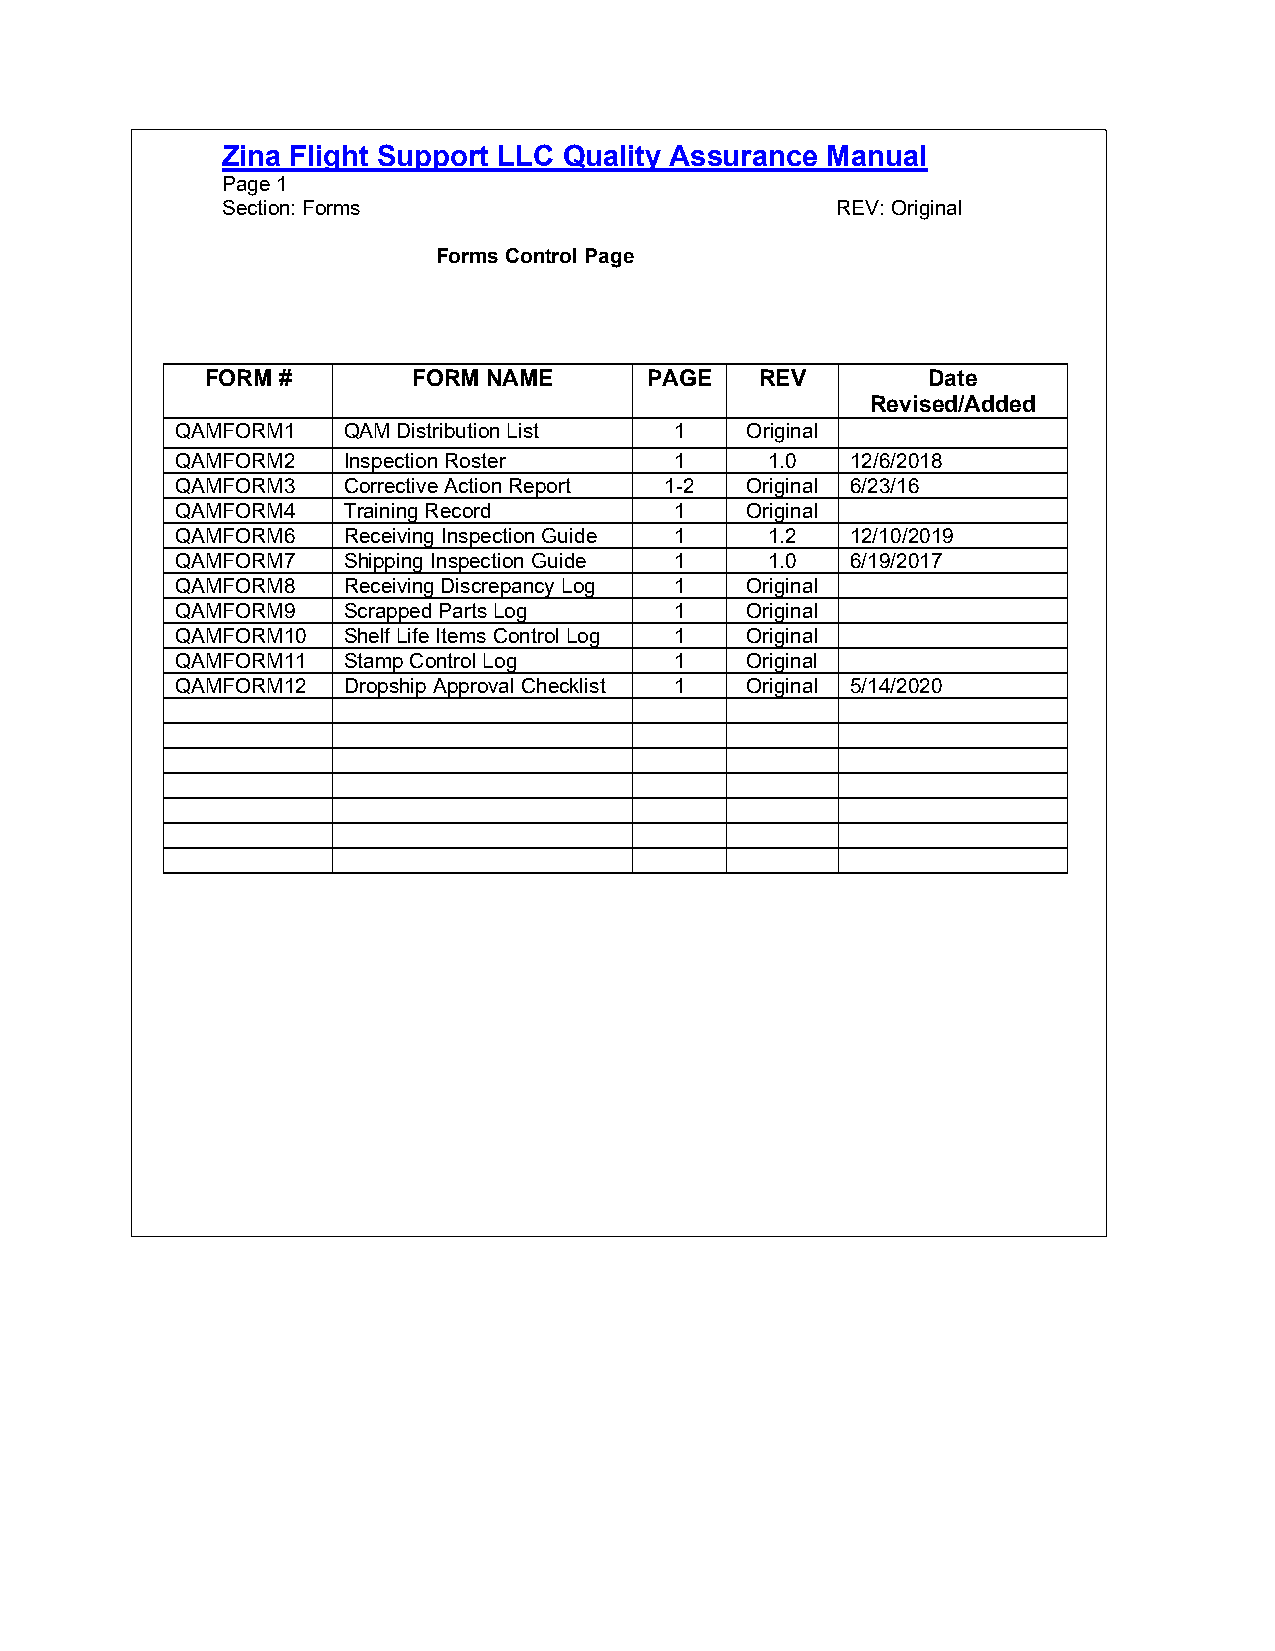
Zina Flight Support LLC Quality Assurance Manual
 Page 1
 Section: Forms                          REV: Original
 Forms Control Page
 FORM #       FORM NAME       PAGE   REV        Date
 Revised/Added
 QAMFORM1   QAM Distribution List 1   Original
 QAMFORM2   Inspection Roster     1     1.0  12/6/2018
 QAMFORM3   Corrective Action Report 1-2 Original 6/23/16
 QAMFORM4   Training Record       1   Original
 QAMFORM6   Receiving Inspection Guide 1 1.2 12/10/2019
 QAMFORM7   Shipping Inspection Guide 1 1.0  6/19/2017
 QAMFORM8   Receiving Discrepancy Log 1 Original
 QAMFORM9   Scrapped Parts Log    1   Original
 QAMFORM10  Shelf Life Items Control Log 1 Original
 QAMFORM11  Stamp Control Log     1   Original
 QAMFORM12  Dropship Approval Checklist 1 Original 5/14/2020